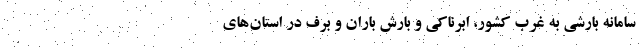
سامانه بارشی به غرب کشور، ابرناکی و بارش باران و برف در استان‌های